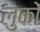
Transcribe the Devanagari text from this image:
लुकों